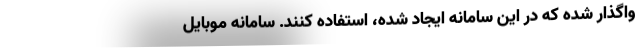
واگذار شده که در این سامانه ایجاد شده، استفاده کنند. سامانه موبایل